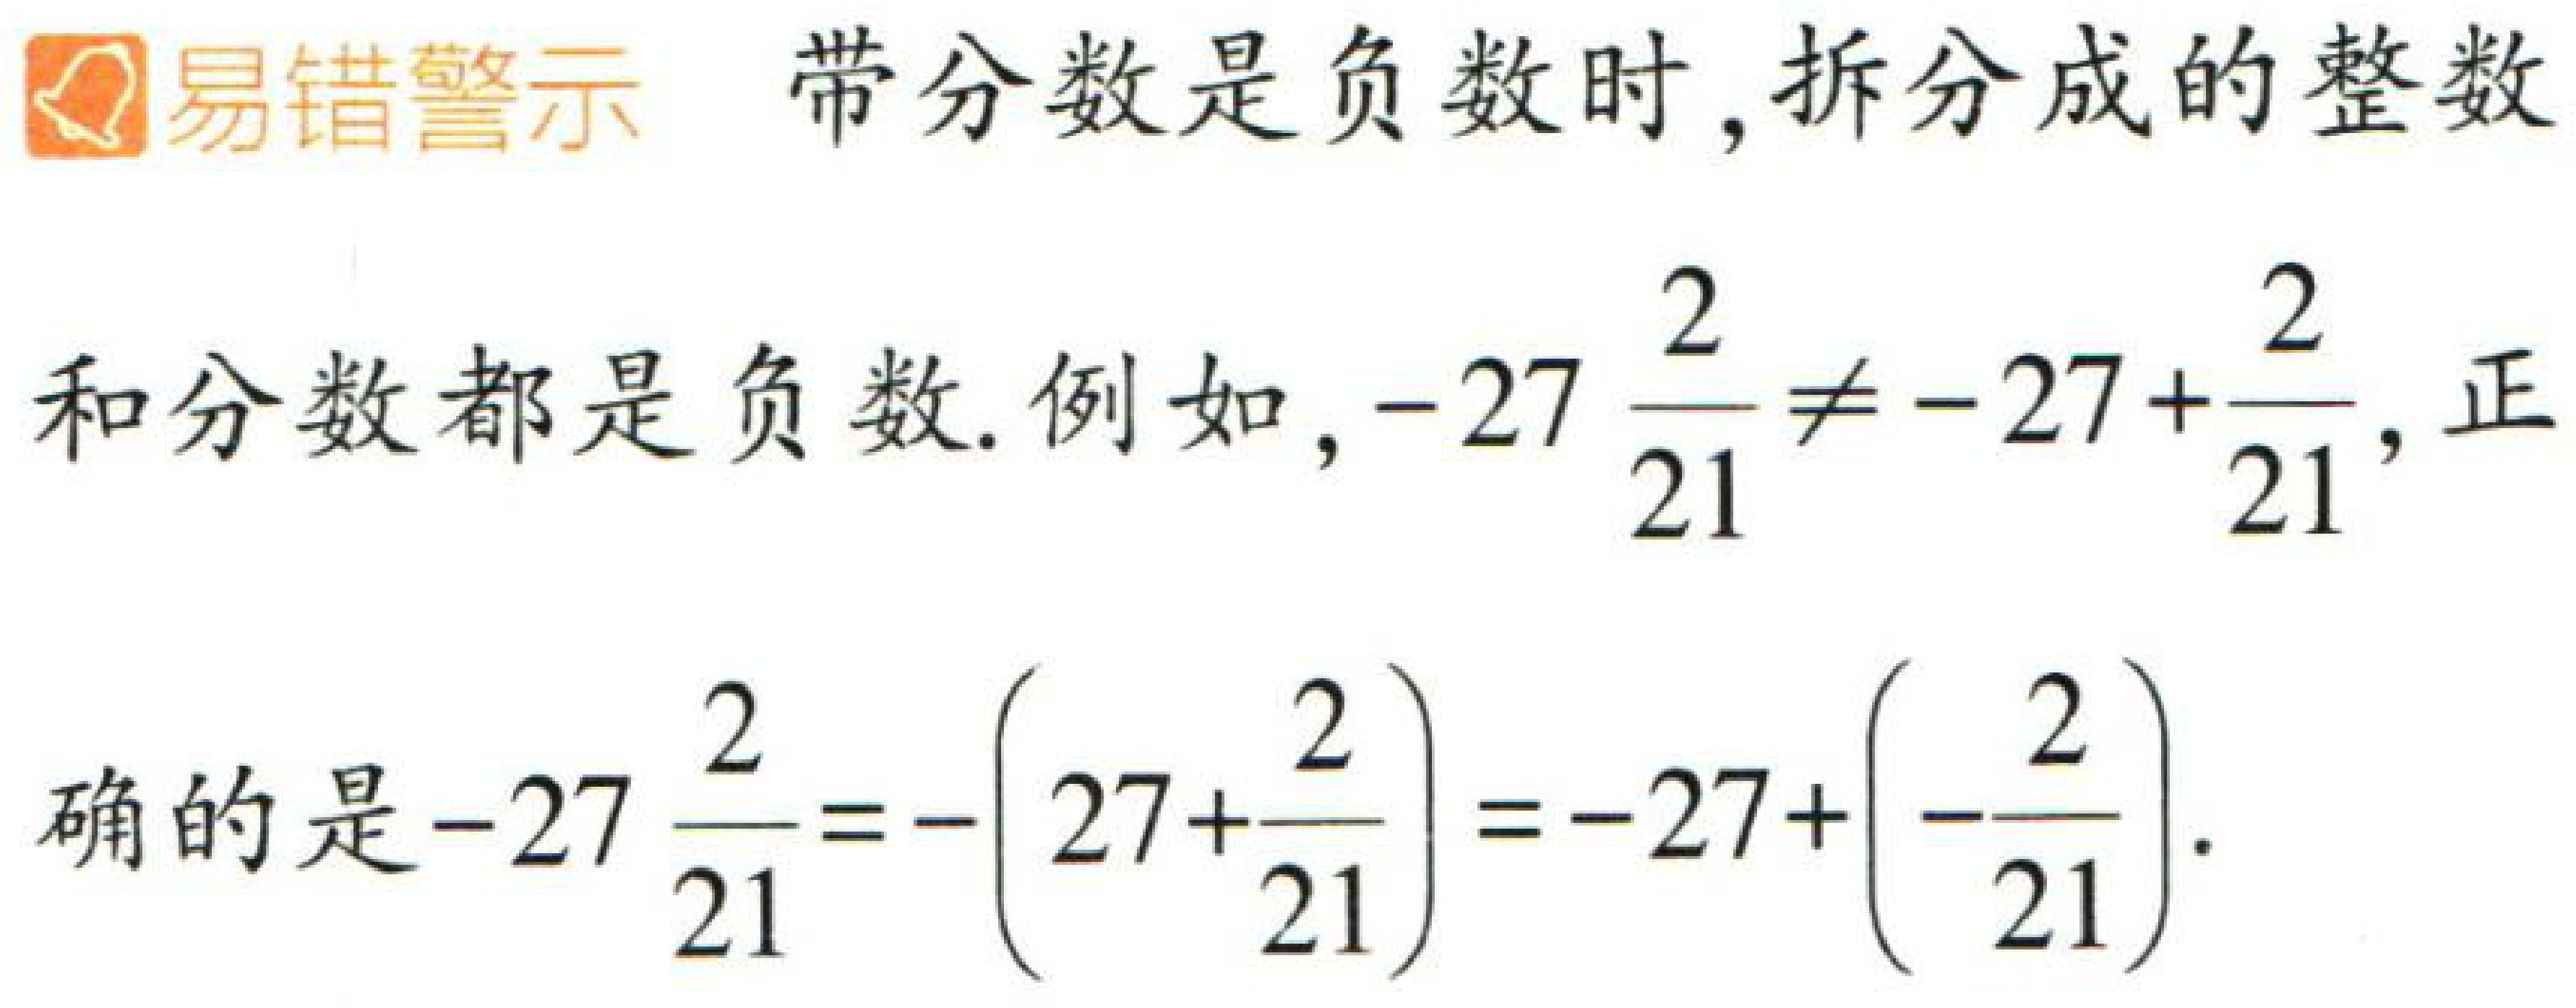
易错警示 带分数是负数时, 拆分成的整数
和分数都是负数. 例如, \(-27\frac{2}{21}\neq -27 + \frac{2}{21}\), 正
确的是\(-27\frac{2}{21}=-(27 + \frac{2}{21})=-27+(-\frac{2}{21})\).